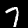
Label: 7